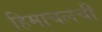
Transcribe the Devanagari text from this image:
हिमाचलची